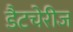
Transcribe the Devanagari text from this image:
डैटचेरीज